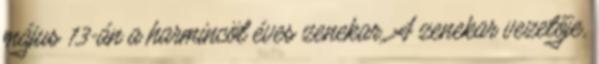
május 13-án a harmincöt éves zenekar. A zenekar vezetője,